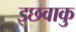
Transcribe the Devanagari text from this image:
इछवाकु